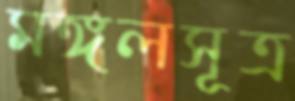
মঙ্গলসূত্র